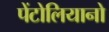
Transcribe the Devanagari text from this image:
पेंटोलियानो